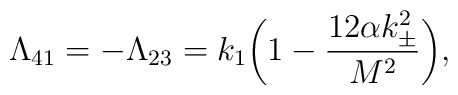
\Lambda_{41}=-\Lambda_{23}=k_1\bigg(1-\frac{12\alpha k^2_\pm}{M^2}\bigg),